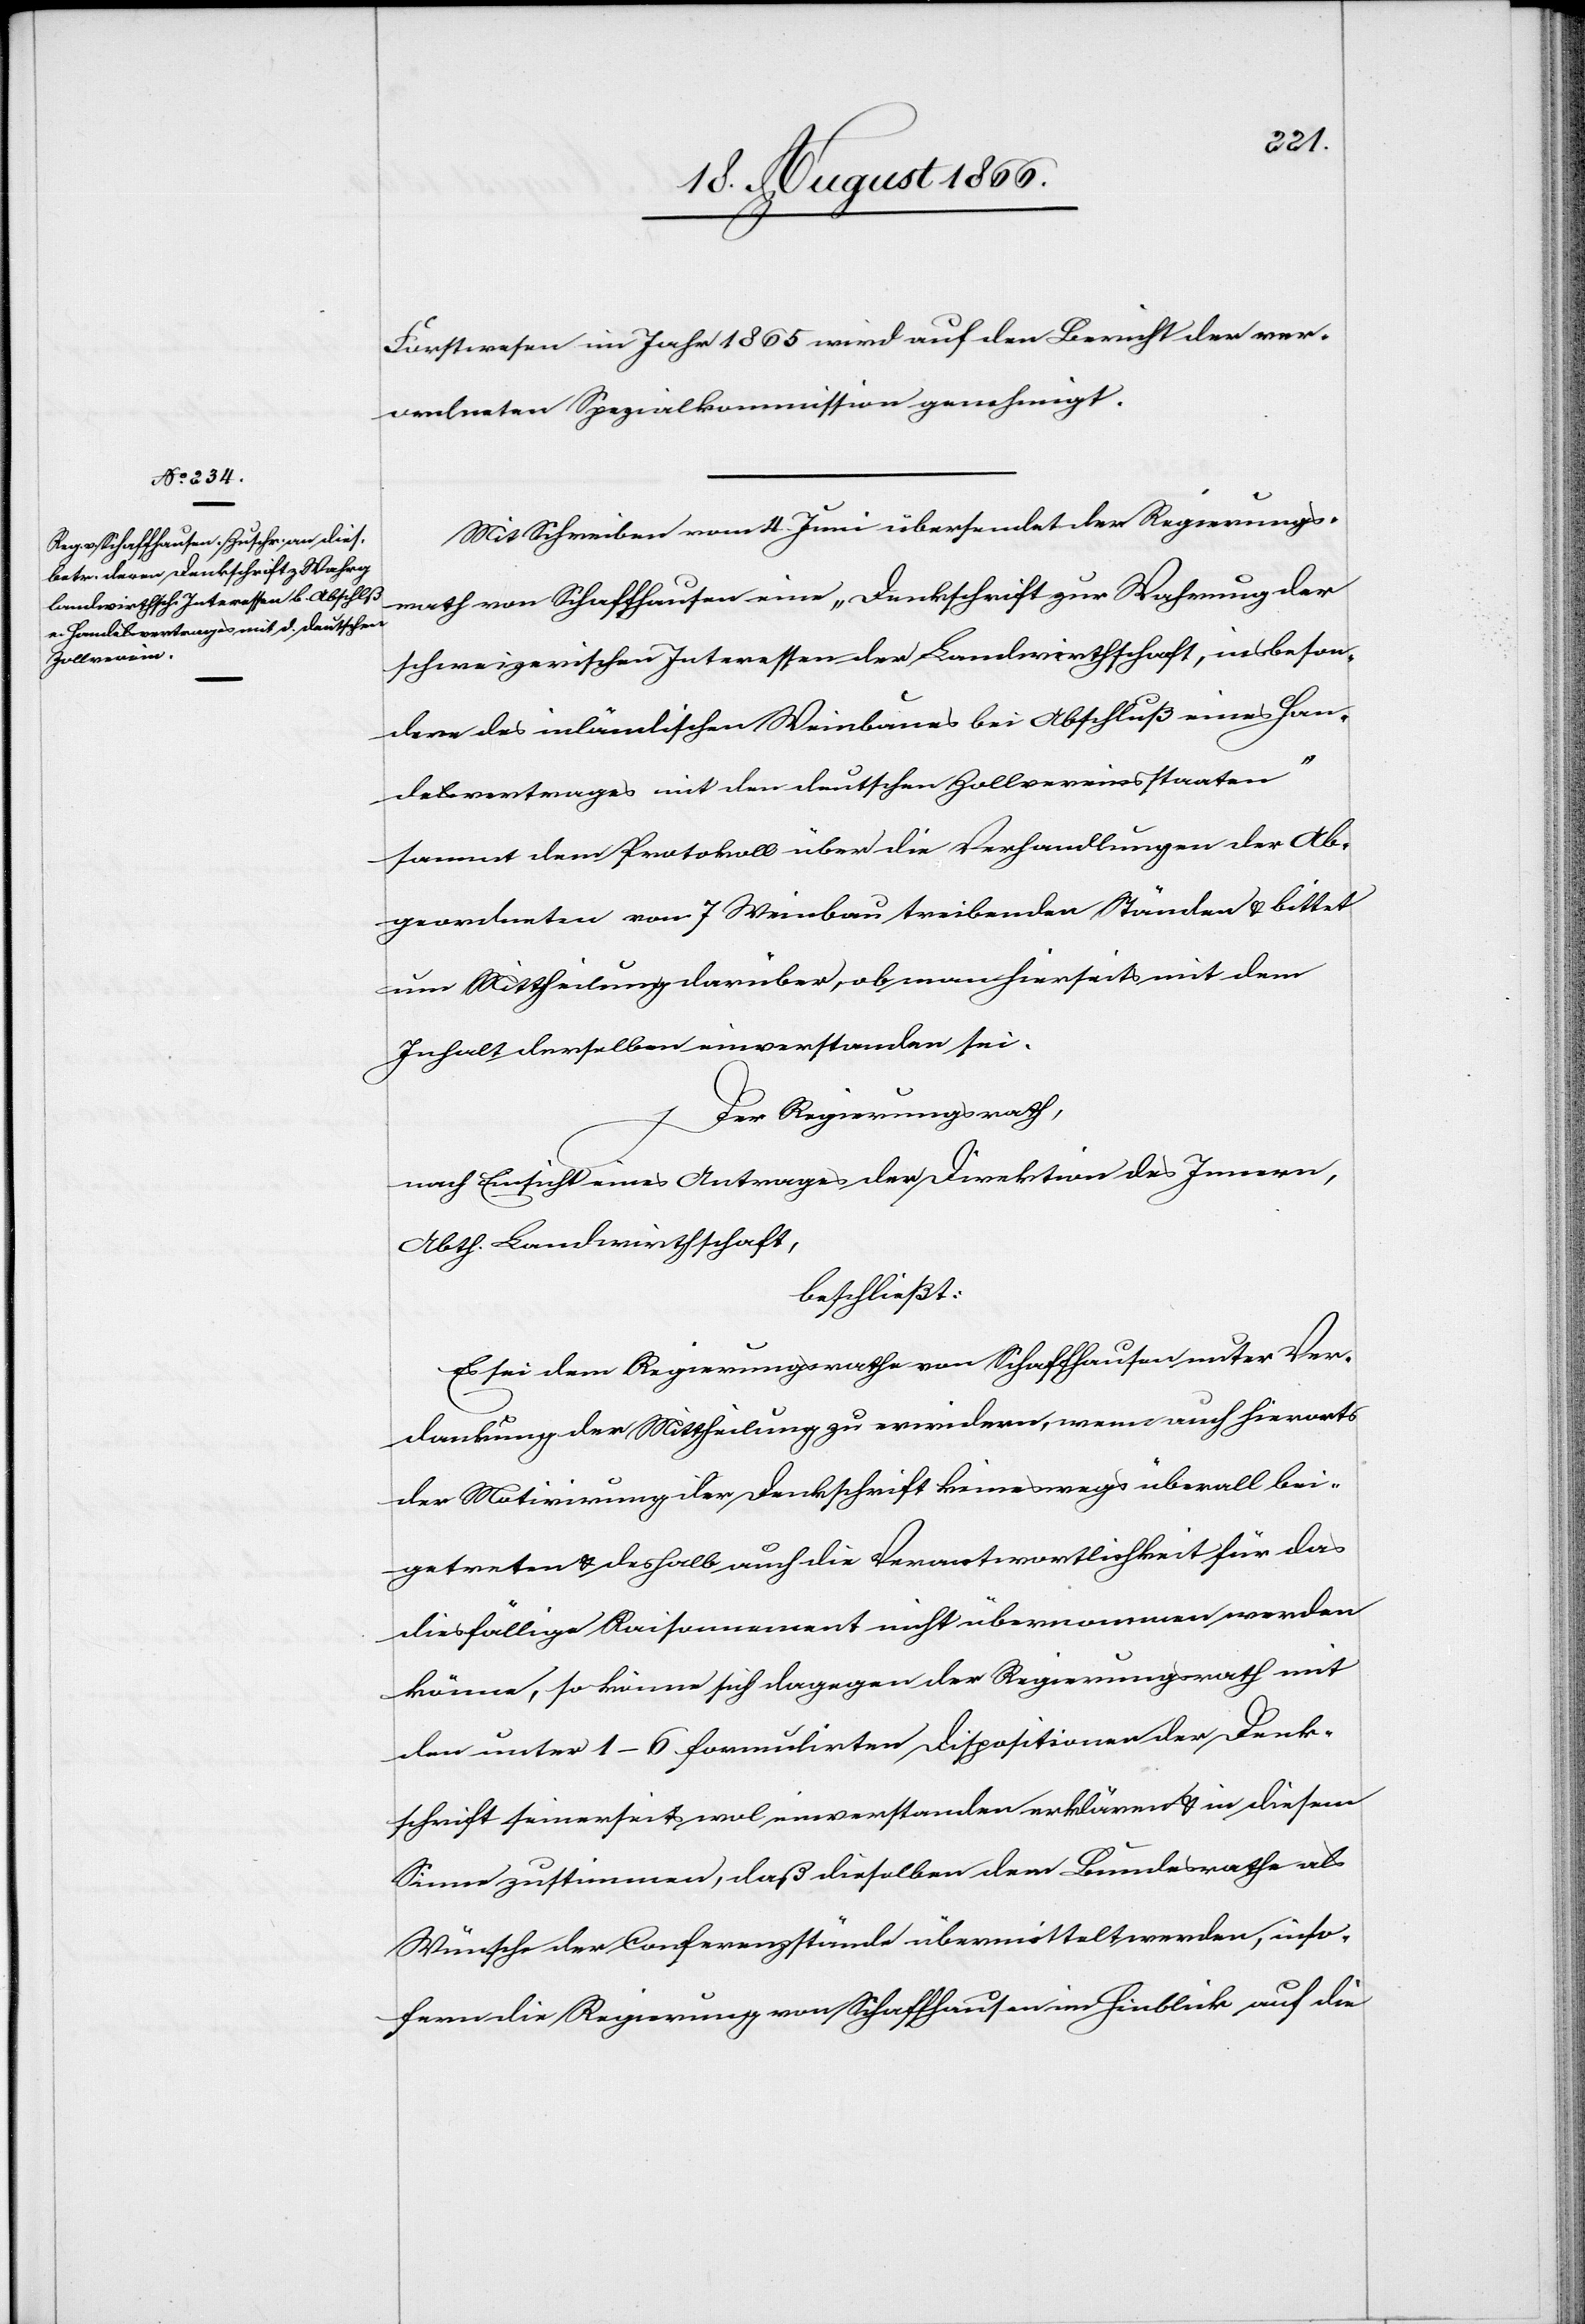
Forstwesen im Jahr 1865 wird auf den Bericht der ver¬
ordneten Spezialkommission genehmigt.
Mit Schreiben vom 4. Juni übersendet der Regierungs¬
rath von Schaffhausen eine „Druckschrift zur Wahrung der
schweizerischen Interessen der Landwirthschaft, insbeson¬
dere des inländischen Weinbaues bei Abschluß einer Han¬
delsvertrages mit den deutschen Zollvereinsstaaten“
sammt dem Protokoll über die Verhandlungen der Ab¬
geordneten von 7 Weinbau treibenden Ständen u. bittet
um Mittheilung darüber, ob man hierseits mit dem
Inhalt derselben einverstanden sei.
Der Regierungsrath,
nach Einsicht eines Antrages der Direktion des Innern,
Abth. Landwirthschaft,
beschließt:
Es sei dem Regierungsrathe von Schaffhausen unter Ver¬
dankung der Mittheilung zu erwiedern, wenn auch hierorts
der Motivirung der Denkschrift keineswegs überall bei¬
getreten u. deshalb auch die Verantwortlichkeit für das
diesfällige Raisonnement nicht übernommen werden
könne, so könne sich dagegen der Regierungsrath mit
den unter 1–6 formulirten Dispositionen der Denk¬
schrift seinerseits wol einverstanden erklären u. in diesem
Sinne zustimmen, daß dieselben dem Bundesrathe als
Wünsche der Conferenzstände übermittelt werden, inso¬
fern die Regierung von Schaffhausen im Hinblick auf die